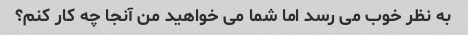
به نظر خوب می رسد اما شما می خواهید من آنجا چه کار کنم؟